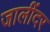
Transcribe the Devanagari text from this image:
जालींदर